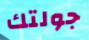
جولتك